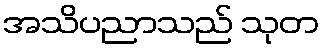
အသိပညာသည် သုတ